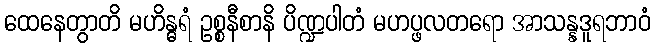
ထေနေတွာတိ မဟိန္ဓရံ ဥစ္စနီစာနိ ပိဏ္ဍပါတံ မဟပ္ဖလတရော အာသန္နဒူရဘာဝံ